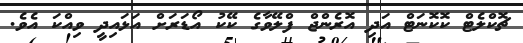
ޗޮކްލެޓް ކޮކޮނަޓް އަދި އޮރެންޖް ފްލޭވާގެ ކޭކު އޯޑަރަށް އަޅައިދީ ވިއްކަ އެވެ.